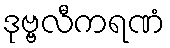
ဒုဗ္ဗလီကရဏံ